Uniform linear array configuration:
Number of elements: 24
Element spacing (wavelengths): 0.25
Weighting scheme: exponential
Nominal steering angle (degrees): -30
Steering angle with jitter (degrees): -30.764
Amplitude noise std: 0.05
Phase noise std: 0.05

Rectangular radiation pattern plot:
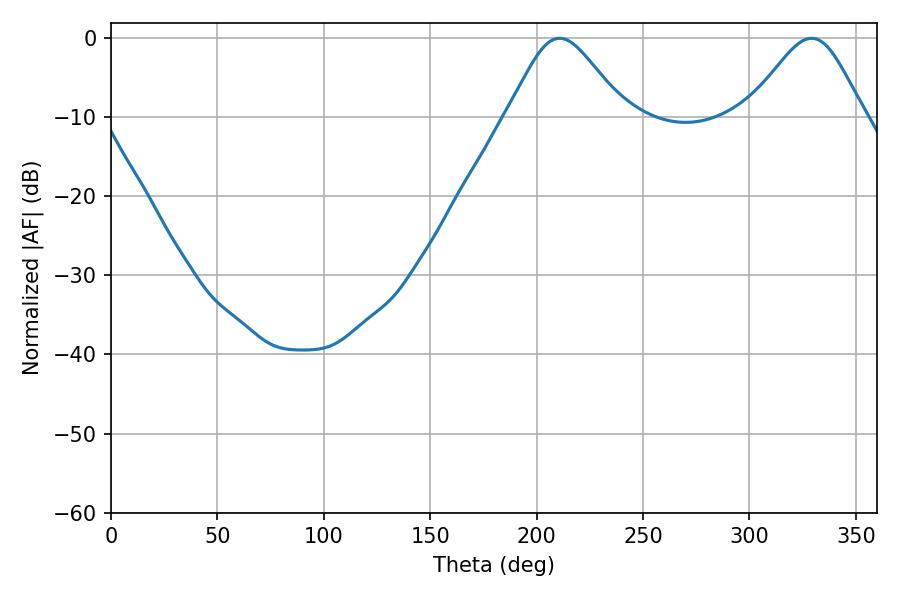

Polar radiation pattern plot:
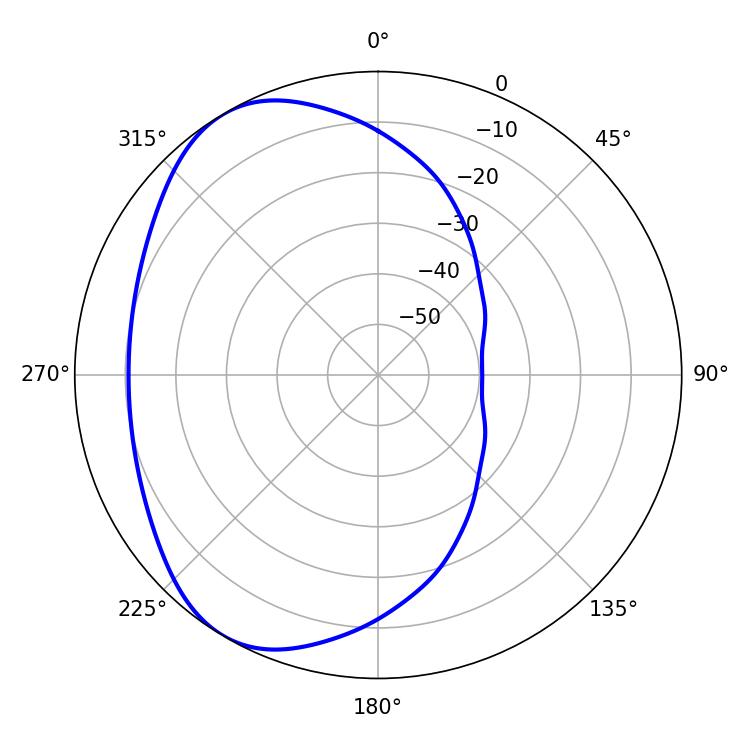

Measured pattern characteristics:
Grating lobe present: FALSE
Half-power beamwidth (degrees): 27.18
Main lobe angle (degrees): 210.78